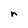
Character: r